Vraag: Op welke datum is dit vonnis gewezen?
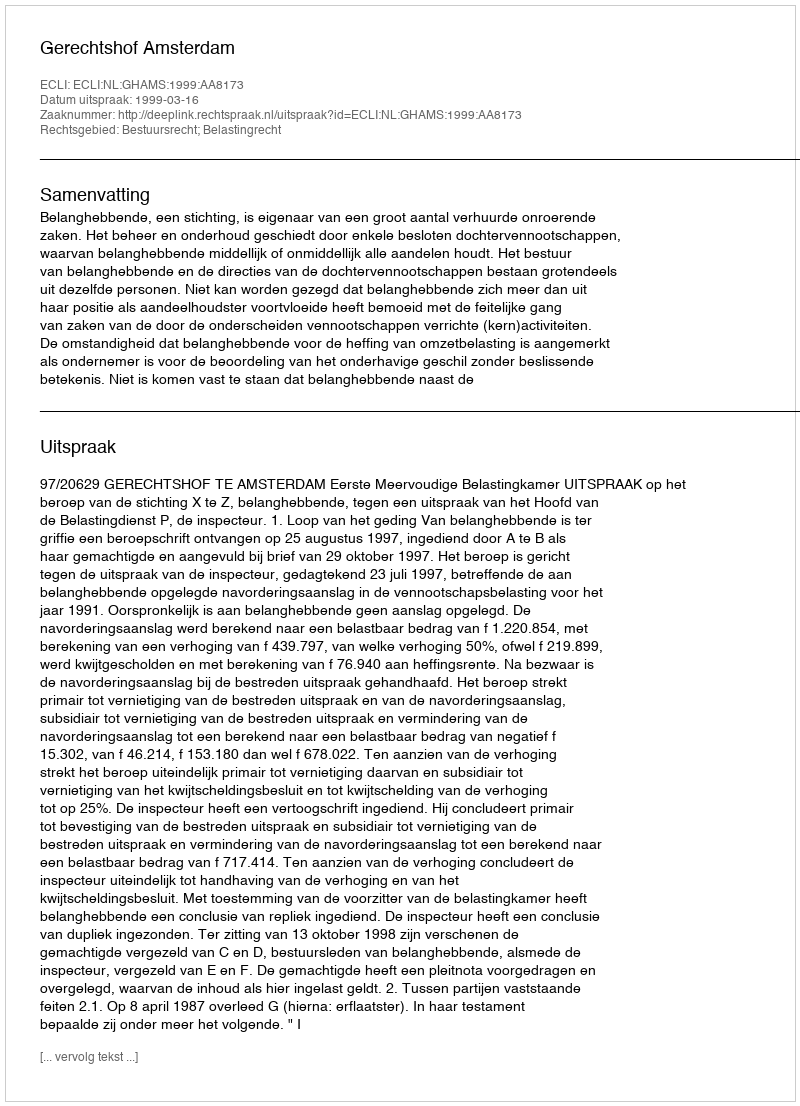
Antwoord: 1999-03-16